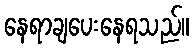
နေရာချပေးနေရသည်။